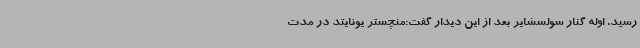
رسید. اوله گنار سولسشایر بعد از این دیدار گفت:منچستر یونایتد در مدت